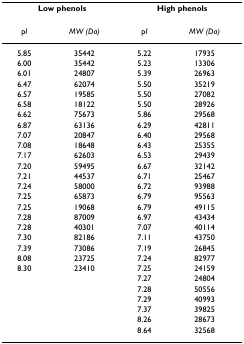
| <COLSPAN=2> Low phenols | <COLSPAN=2> High phenols |
 | --- | --- | --- | --- |
 | pI | MW (Da) | pI | MW (Da) |
 | 5.85 | 35442 | 5.22 | 17935 |
 | 6.00 | 35442 | 5.23 | 13306 |
 | 6.01 | 24807 | 5.39 | 26963 |
 | 6.47 | 62074 | 5.50 | 35219 |
 | 6.57 | 19585 | 5.50 | 27082 |
 | 6.58 | 18122 | 5.50 | 28926 |
 | 6.62 | 75673 | 5.86 | 29568 |
 | 6.87 | 63136 | 6.29 | 42811 |
 | 7.07 | 20847 | 6.40 | 29568 |
 | 7.08 | 18648 | 6.43 | 25355 |
 | 7.17 | 62603 | 6.53 | 29439 |
 | 7.20 | 59495 | 6.67 | 32142 |
 | 7.21 | 44537 | 6.71 | 25467 |
 | 7.24 | 58000 | 6.72 | 93988 |
 | 7.25 | 65873 | 6.79 | 95563 |
 | 7.25 | 19068 | 6.79 | 49115 |
 | 7.28 | 87009 | 6.97 | 43434 |
 | 7.28 | 40301 | 7.07 | 40114 |
 | 7.30 | 82186 | 7.11 | 43750 |
 | 7.39 | 73086 | 7.19 | 26845 |
 | 8.08 | 23725 | 7.24 | 82977 |
 | 8.30 | 23410 | 7.25 | 24159 |
 |  |  | 7.27 | 24804 |
 |  |  | 7.28 | 50556 |
 |  |  | 7.29 | 40993 |
 |  |  | 7.37 | 39825 |
 |  |  | 8.26 | 28673 |
 |  |  | 8.64 | 32568 |